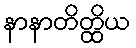
နာနာတိတ္ထိယ